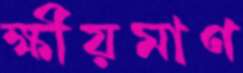
ক্ষীয়মাণ